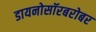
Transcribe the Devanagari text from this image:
डायनोसॉरबरोबर